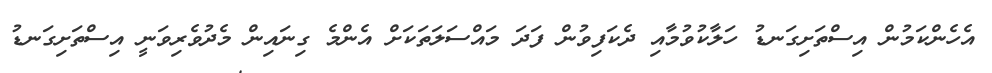
އެހެންކަމުން އިސްތަށިގަނޑު ހަލާކުވުމާއި ދެކަފިވުން ފަދަ މައްސަލަތަކަށް އެންމެ ގިނައިން މެދުވެރިވަނީ އިސްތަށިގަނޑު